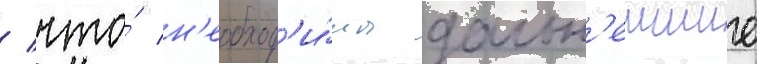
/ что́ н'еобход'и́мы дальн'еишие